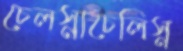
চেলস্নাচেলিস্ন